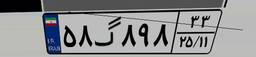
۵۸گ۸۹۸۳۳